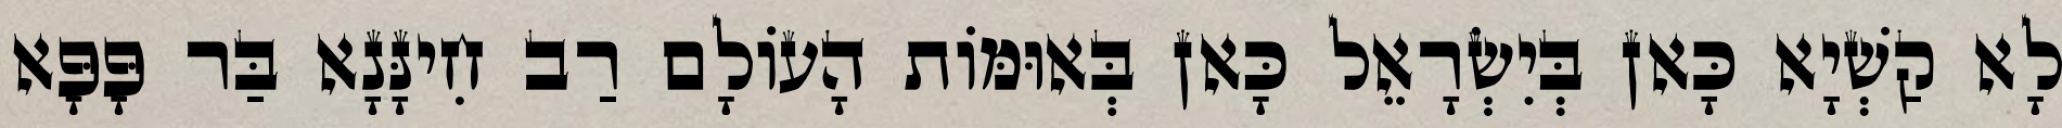
לָא קַשְׁיָא כָּאן בְּיִשְׂרָאֵל כָּאן בְּאוּמּוֹת הָעוֹלָם רַב חִינָּנָא בַּר פָּפָּא